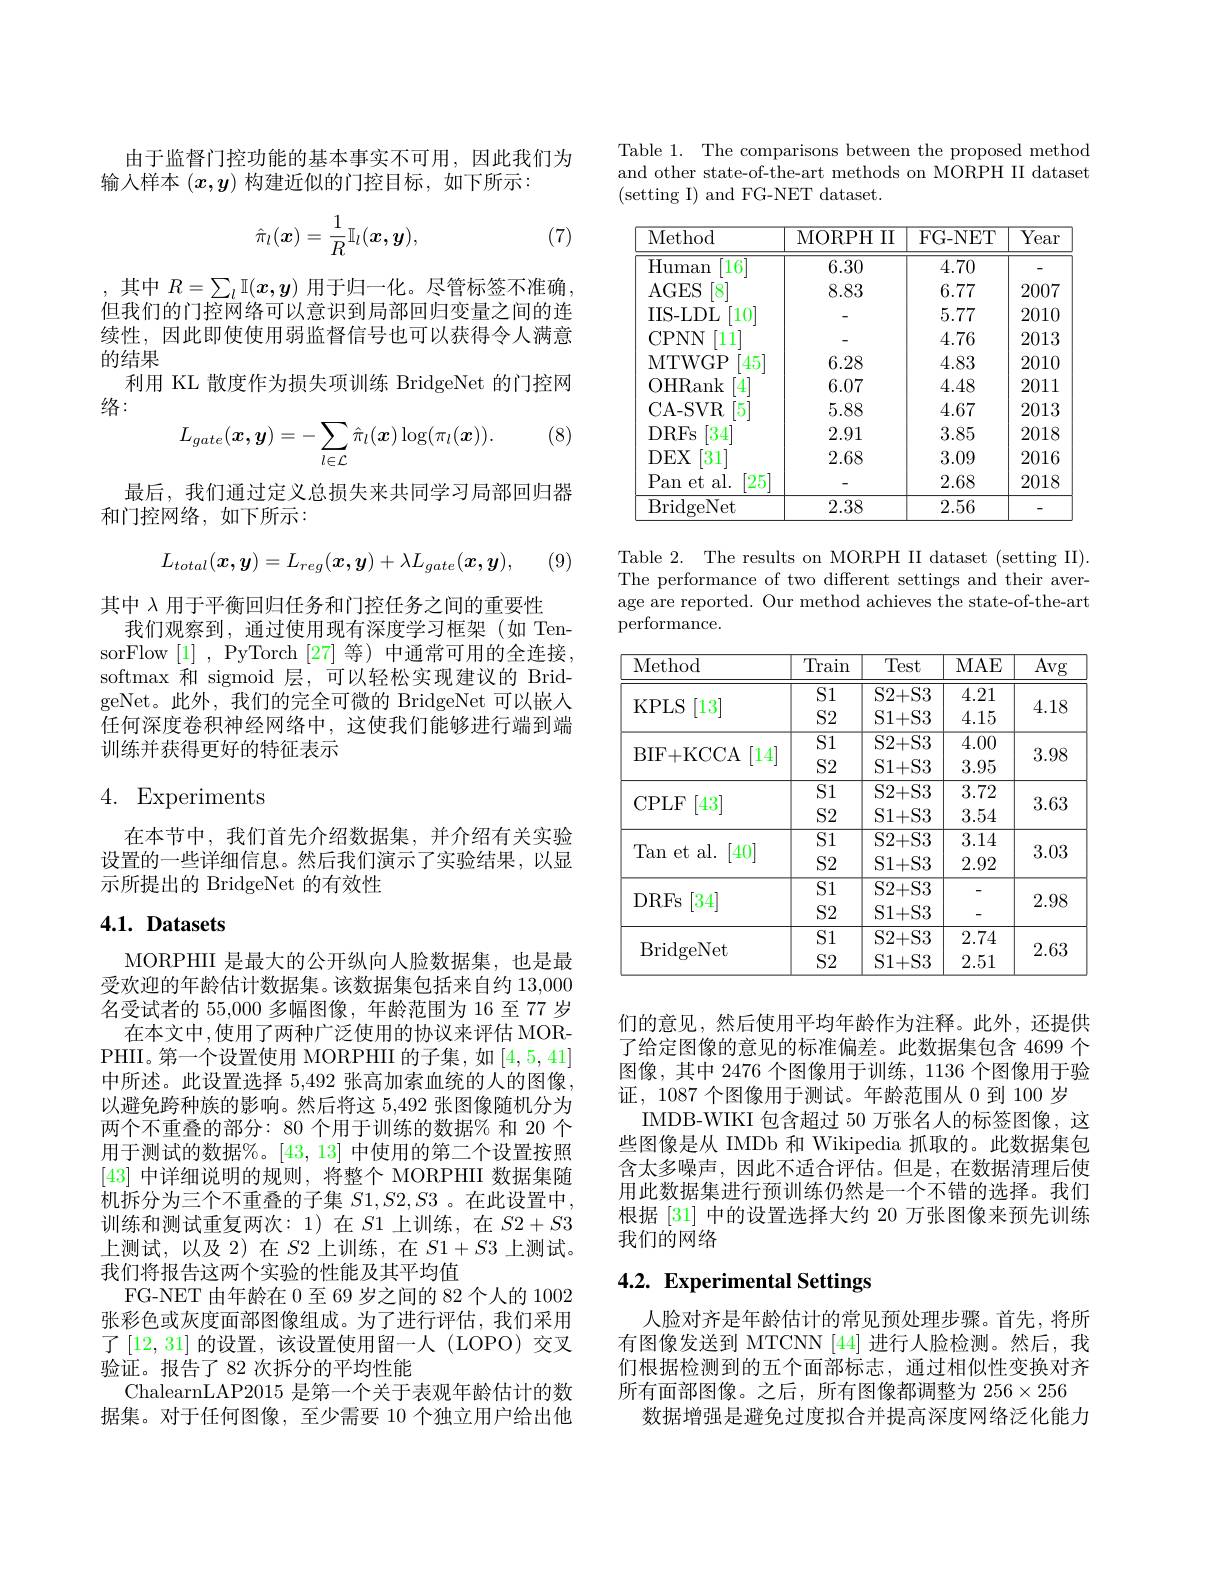
由于监督门控功能的基本事实不可用，因此我们为
输入样本$(x,y)$构建近似的门控目标，如下所示：
$$\hat{\pi}_l(\boldsymbol{x})=\frac{1}{R}\mathbb{I}_l(\boldsymbol{x},\boldsymbol{y}),$$
(7)

,其中$R=\sum_l\mathbb{I}(x,y)$用于归一化。尽管标签不准确但我们的门控网络可以意识到局部回归变量之间的连续性，因此即使使用弱监督信号也可以获得令人满意的结果
利用 KL 散度作为损失项训练 BridgeNet 的门控网
络：

(8)
$$L_{gate}(\boldsymbol{x},\boldsymbol{y})=-\sum_{l\in\mathcal{L}}\hat{\pi}_{l}(\boldsymbol{x})\log(\pi_{l}(\boldsymbol{x})).$$
最后，我们通过定义总损失来共同学习局部回归器
和门控网络，如下所示：
$$L_{total}(x,y)=L_{reg}(x,y)+\lambda L_{gate}(x,y),$$
(9)

其中$\lambda$用于平衡回归任务和门控任务之间的重要性
我们观察到，通过使用现有深度学习框架(如 TensorFlow [1] , PyTorch [27] 等) 中通常可用的全连接， softmax 和 sigmoid 层，可以轻松实现建议的 BridgeNet。此外，我们的完全可微的 BridgeNet 可以嵌人任何深度卷积神经网络中，这使我们能够进行端到端训练并获得更好的特征表示

# 4. Experiments

在本节中，我们首先介绍数据集，并介绍有关实验设置的一些详细信息。然后我们演示了实验结果，以显示所提出的 BridgeNet 的有效性

# $4. 1. \textbf{ Datasets}$

MORPHII 是最大的公开纵向人脸数据集，也是最受欢迎的年龄估计数据集。该数据集包括来自约 13,000名受试者的 55,000 多幅图像，年龄范围为 16 至 77 岁
在本文中，使用了两种广泛使用的协议来评估 MORPHII。第一个设置使用 MORPHII 的子集，如[4,5,41] 中所述。此设置选择 5,492 张高加索血统的人的图像， 以避免跨种族的影响。然后将这 5,492 张图像随机分为两个不重叠的部分：80 个用于训练的数据% 和 20 个用于测试的数据%。[43,13]中使用的第二个设置按照[43]中详细说明的规则，将整个 MORPHII 数据集随机拆分为三个不重叠的子集$S1,S2,S3$ 。在此设置中， 训练和测试重复两次：1)在$S1$上训练，在$S2+S3$ 上测试，以及 2)在$S2$上训练，在$S1+S3$上测试。我们将报告这两个实验的性能及其平均值
FG-NET 由年龄在 0 至 69 岁之间的 82 个人的 1002张彩色或灰度面部图像组成。为了进行评估，我们采用了[12,31] 的设置，该设置使用留一人(LOPO)交叉验证。报告了 82 次拆分的平均性能
ChalearnLAP2015 是第一个关于表观年龄估计的数据集。对于任何图像，至少需要 10 个独立用户给出他

Table 1. The comparisons between the proposed method and other state-of-the-art methods on MORPH II dataset (setting I) and FG-NET dataset.

<table>
	<tbody>
		<tr>
			<th>Method</th>
			<th>MORPH $III$</th>
			<th>FG- NET</th>
			<th>$\overline{\mathrm{Year}}$</th>
		</tr>
		<tr>
			<td>$\overline{{\mathrm{Human}}}$ $\overline{16}$</td>
			<td>6.30</td>
			<td>4.70</td>
			<td>-</td>
		</tr>
		<tr>
			<td>$AGES$ 8</td>
			<td>8.83</td>
			<td>6.77</td>
			<td>2007</td>
		</tr>
		<tr>
			<td>IIS- LDL $10^{\cdot}$</td>
			<td> </td>
			<td>5.77</td>
			<td>2010</td>
		</tr>
		<tr>
			<td>CPNN 11</td>
			<td> </td>
			<td>4.76</td>
			<td>2013</td>
		</tr>
		<tr>
			<td>MTWGP 45</td>
			<td>6.28</td>
			<td>4.83</td>
			<td>2010</td>
		</tr>
		<tr>
			<td>$OHR$ iank</td>
			<td>6.07</td>
			<td>4.48</td>
			<td>2011</td>
		</tr>
		<tr>
			<td>CA- SVR 5</td>
			<td>5.88</td>
			<td>4.67</td>
			<td>2013</td>
		</tr>
		<tr>
			<td>DRFs 34</td>
			<td>2.91</td>
			<td>3.85</td>
			<td>2018</td>
		</tr>
		<tr>
			<td>$DEX$ 31</td>
			<td>2.68</td>
			<td>3.09</td>
			<td>2016</td>
		</tr>
		<tr>
			<td>$P$ al. 25 $^{\prime }$an et</td>
			<td> </td>
			<td>2.68</td>
			<td>2018</td>
		</tr>
		<tr>
			<td>BridgeNet</td>
			<td>2.38</td>
			<td>2.56</td>
			<td>-</td>
		</tr>
	</tbody>
</table>

Table 2. The results on MORPH II dataset (setting II). The performance of two different settings and their average are reported. Our method achieves the state-of-the-art performance.

<table>
	<tbody>
		<tr>
			<th>Method</th>
			<th>Train</th>
			<th>Test</th>
			<th>MAE</th>
			<th>$\overline{\mathrm{Avg}}$ </th>
		</tr>
		<tr>
			<td>KPLS [13]</td>
			<td>S1 $S2$</td>
			<td>S2+ S3 S1+ S3</td>
			<td>4.21 4.15</td>
			<td>4.18</td>
		</tr>
		<tr>
			<td>[14] BIF+ KCCA</td>
			<td>$\overline{\text{S}1}$ $S2$</td>
			<td>S2+ S3 S1+ S3</td>
			<td>4.00 3.95</td>
			<td>3.98</td>
		</tr>
		<tr>
			<td>CPLF [43]</td>
			<td>$S1$ $S2$</td>
			<td>$S2+$S3 S1+ S3</td>
			<td>3.72 3.54</td>
			<td>3.63</td>
		</tr>
		<tr>
			<td>Tan et al. [40]</td>
			<td>$\overline{\text{S}1}$ $S2$</td>
			<td>S2+ S3 S1+ S3</td>
			<td>3.14 2.92</td>
			<td>3.03</td>
		</tr>
		<tr>
			<td>DRFs [34]</td>
			<td>$\overline{\text{S}1}$ $S2$</td>
			<td>S2+ S3 S1+ S3</td>
			<td> </td>
			<td>2.98</td>
		</tr>
		<tr>
			<td>$\operatorname{BridgeNet}$</td>
			<td>S1 $S2$</td>
			<td>$S2+$S3 S1+ S3</td>
			<td>2.74 2.51</td>
			<td>2.63</td>
		</tr>
	</tbody>
</table>

们的意见，然后使用平均年龄作为注释。此外，还提供了给定图像的意见的标准偏差。此数据集包含 4699 个图像，其中 2476 个图像用于训练，1136 个图像用于验证，1087 个图像用于测试。年龄范围从 0 到 100 岁
IMDB-WIKI 包含超过 50 万张名人的标签图像，这些图像是从 IMDb 和 Wikipedia 抓取的。此数据集包含太多噪声，因此不适合评估。但是，在数据清理后使用此数据集进行预训练仍然是一个不错的选择。我们根据[31]中的设置选择大约 20 万张图像来预先训练我们的网络

# 4.2. Experimental Settings

人脸对齐是年龄估计的常见预处理步骤。首先，将所有图像发送到 MTCNN [44] 进行人脸检测。然后，我们根据检测到的五个面部标志，通过相似性变换对齐所有面部图像。之后，所有图像都调整为 256×256
数据增强是避免过度拟合并提高深度网络泛化能力